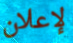
لإعلان